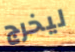
ليخرج